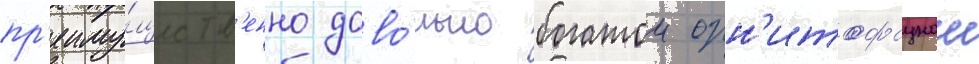
пр'еиму́ществ'енно дово́льно богатои орн'итофаунои